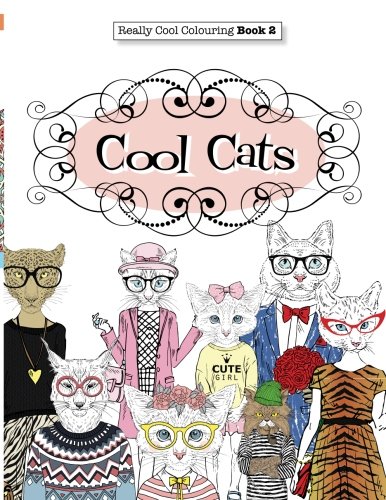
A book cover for Really COOL Colouring  Book 2: Cool Cats (Really COOL  Colouring Books) (Volume 2); Elizabeth James; Crafts, Hobbies & Home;